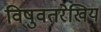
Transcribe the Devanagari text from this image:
विषुवतरेखिय